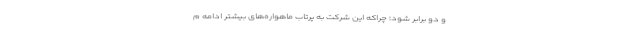
و دو برابر شود؛ چراکه این شرکت به پرتاب ماهواره‌های بیشتر ادامه م